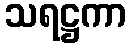
သရဋ္ဌကာ